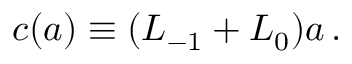
c ( a ) \equiv ( L _ { - 1 } + L _ { 0 } ) a \, .